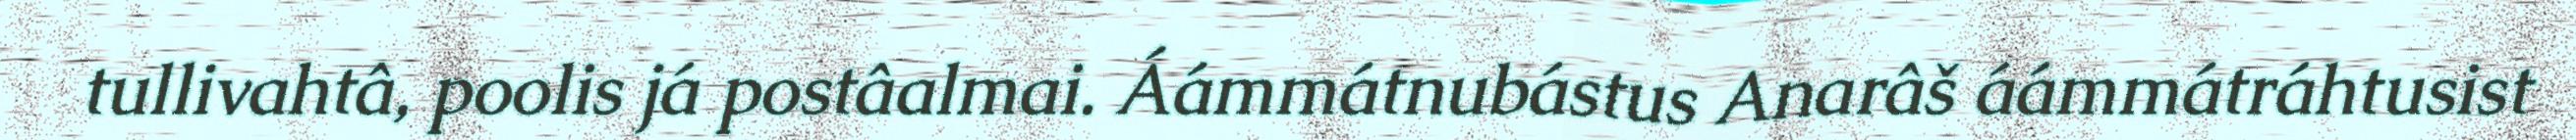
tullivahtâ, poolis já postâalmai. Áámmátnubástus Anarâš áámmátráhtusist